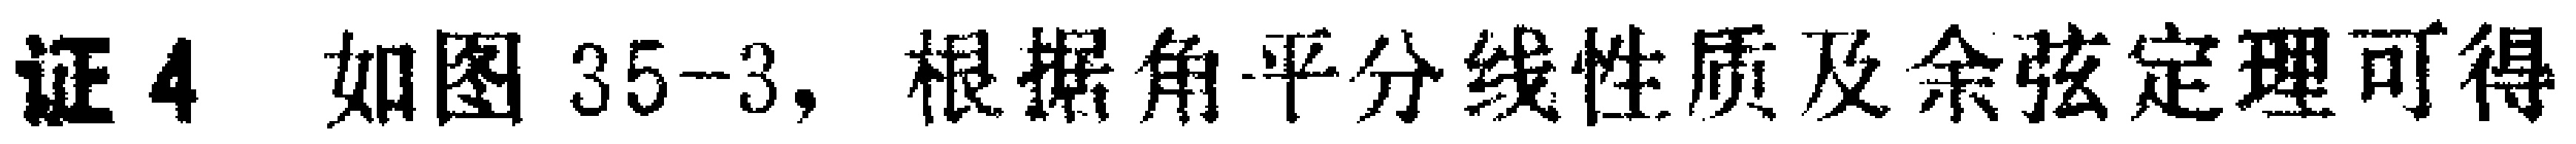
证4 如图35-3, 根据角平分线性质及余弦定理可得